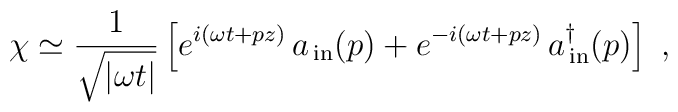
\chi \simeq \frac{1}{\sqrt{|\omega t|}}  \left[ e^{i(\omega t+pz)}\,a_{\,\rm in}(p) + e^{-i(\omega t+pz)}\, a_{\,\rm in}^\dagger(p) \right]\ ,